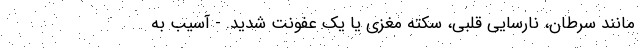
مانند سرطان، نارسایی قلبی، سکته مغزی یا یک عفونت شدید. - آسیب به